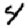
Digit: 4